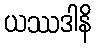
ယဿဒါနိ